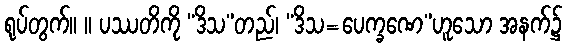
ရုပ်တွက်။ ။ ပဿတိကို “ဒိသ”တည်၊ “ဒိသ=ပေက္ခဏေ”ဟူသော အနက်၌